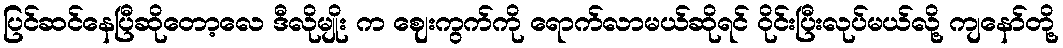
ပြင်ဆင်နေပြီဆိုတော့လေ ဒီလိုမျိုး က ဈေးကွက်ကို ရောက်လာမယ်ဆိုရင် ဝိုင်းပြီးလုပ်မယ်လို့ ကျနော်တို့